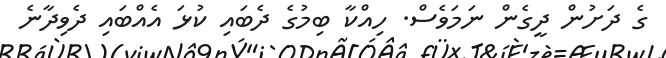
ގެ ދަށުން ދީގެން ނަމަވެސް. ހިއްކާ ބިމުގެ ދެބައި ކުޅަ އެއްބައި ދެވިދާނެ